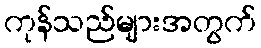
ကုန်သည်များအတွက်